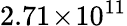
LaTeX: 2.71\! \times\! 10^{11}